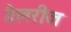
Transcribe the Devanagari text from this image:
गैलरीज